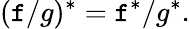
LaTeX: (\mathtt{f}/g)^{*}=\mathtt{f}^{*}/g^{*}.